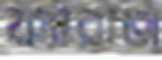
ফ্যারাজ